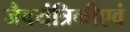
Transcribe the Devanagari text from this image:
जैवयंत्रिकीएवं